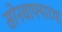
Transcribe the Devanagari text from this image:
सोनचाफ्याच्या